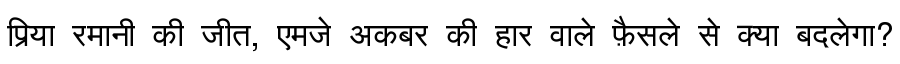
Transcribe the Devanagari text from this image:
प्रिया रमानी की जीत, एमजे अकबर की हार वाले फ़ैसले से क्या बदलेगा?